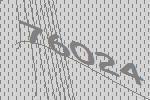
76024